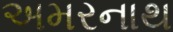
અમરનાથ